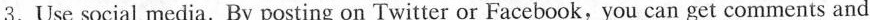
3.Use social media. By posting on Twitter or Facebook, you can get comments and